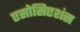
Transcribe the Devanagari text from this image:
एसोसिएशंस